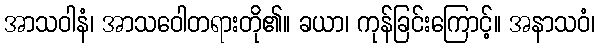
အာသဝါနံ၊ အာသဝေါတရားတို၏။ ခယာ၊ ကုန်ခြင်းကြောင့်။ အနာသဝံ၊